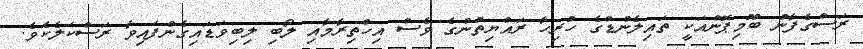
ރަސްގެފާނު ބޫމިޕޮންއަކީ ތައިލެންޑްގެ ހުރިހާ ރައްޔިތުންގެ ވެސް އިހްތިރާމާއި ލޯބި ލިބިވަޑައިގެންފައިވާ ރަސްކަލެކެވެ.